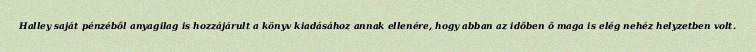
Halley saját pénzéből anyagilag is hozzájárult a könyv kiadásához annak ellenére, hogy abban az időben ő maga is elég nehéz helyzetben volt.